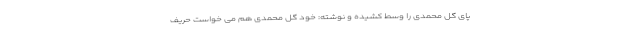
پای گل محمدی را وسط کشیده و نوشته: خود گل محمدی هم می خواست حریف